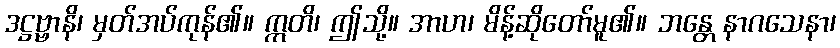
ဒဋ္ဌဗ္ဗာနိ၊ မှတ်အပ်ကုန်၏။ ဣတိ၊ ဤသို့။ အာဟ၊ မိန့်ဆိုတော်မူ၏။ ဘန္တေ နာဂသေနာ၊